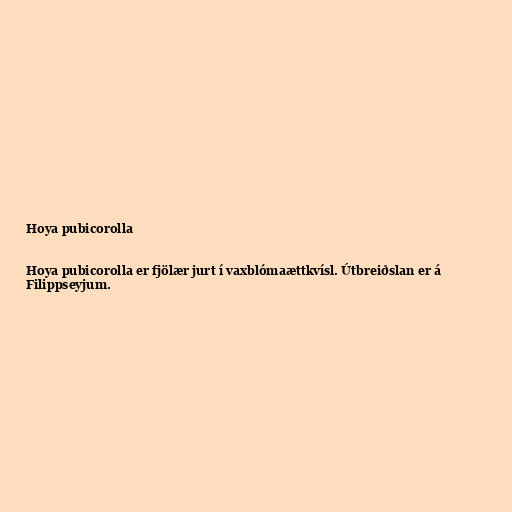
Hoya pubicorolla

Hoya pubicorolla er fjölær jurt í vaxblómaættkvísl. Útbreiðslan er á
Filippseyjum.